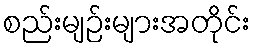
စည်းမျဉ်းများအတိုင်း